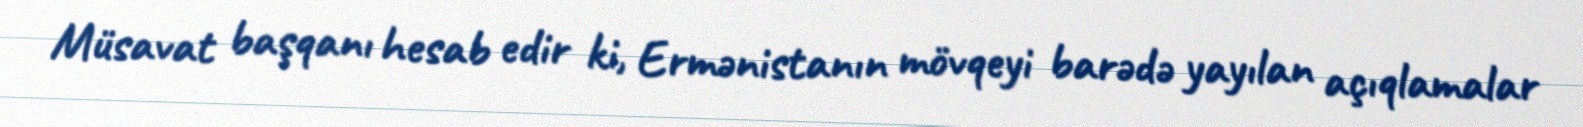
Müsavat başqanı hesab edir ki, Ermənistanın mövqeyi barədə yayılan açıqlamalar